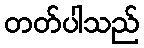
တတ်ပါသည်